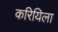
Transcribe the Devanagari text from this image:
करियिला